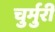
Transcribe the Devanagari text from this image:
चुर्मुरी